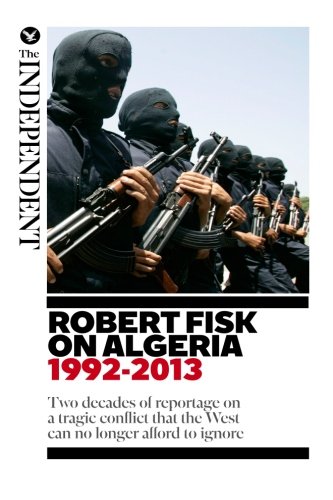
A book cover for Robert Fisk on Algeria: Two decades of reportage on a tragic conflict that the West can no longer afford to ignore.; Robert Fisk; History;